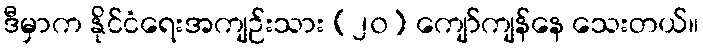
ဒီမှာက နိုင်ငံရေးအကျဉ်းသား (၂၀) ကျော်ကျန်နေ သေးတယ်။